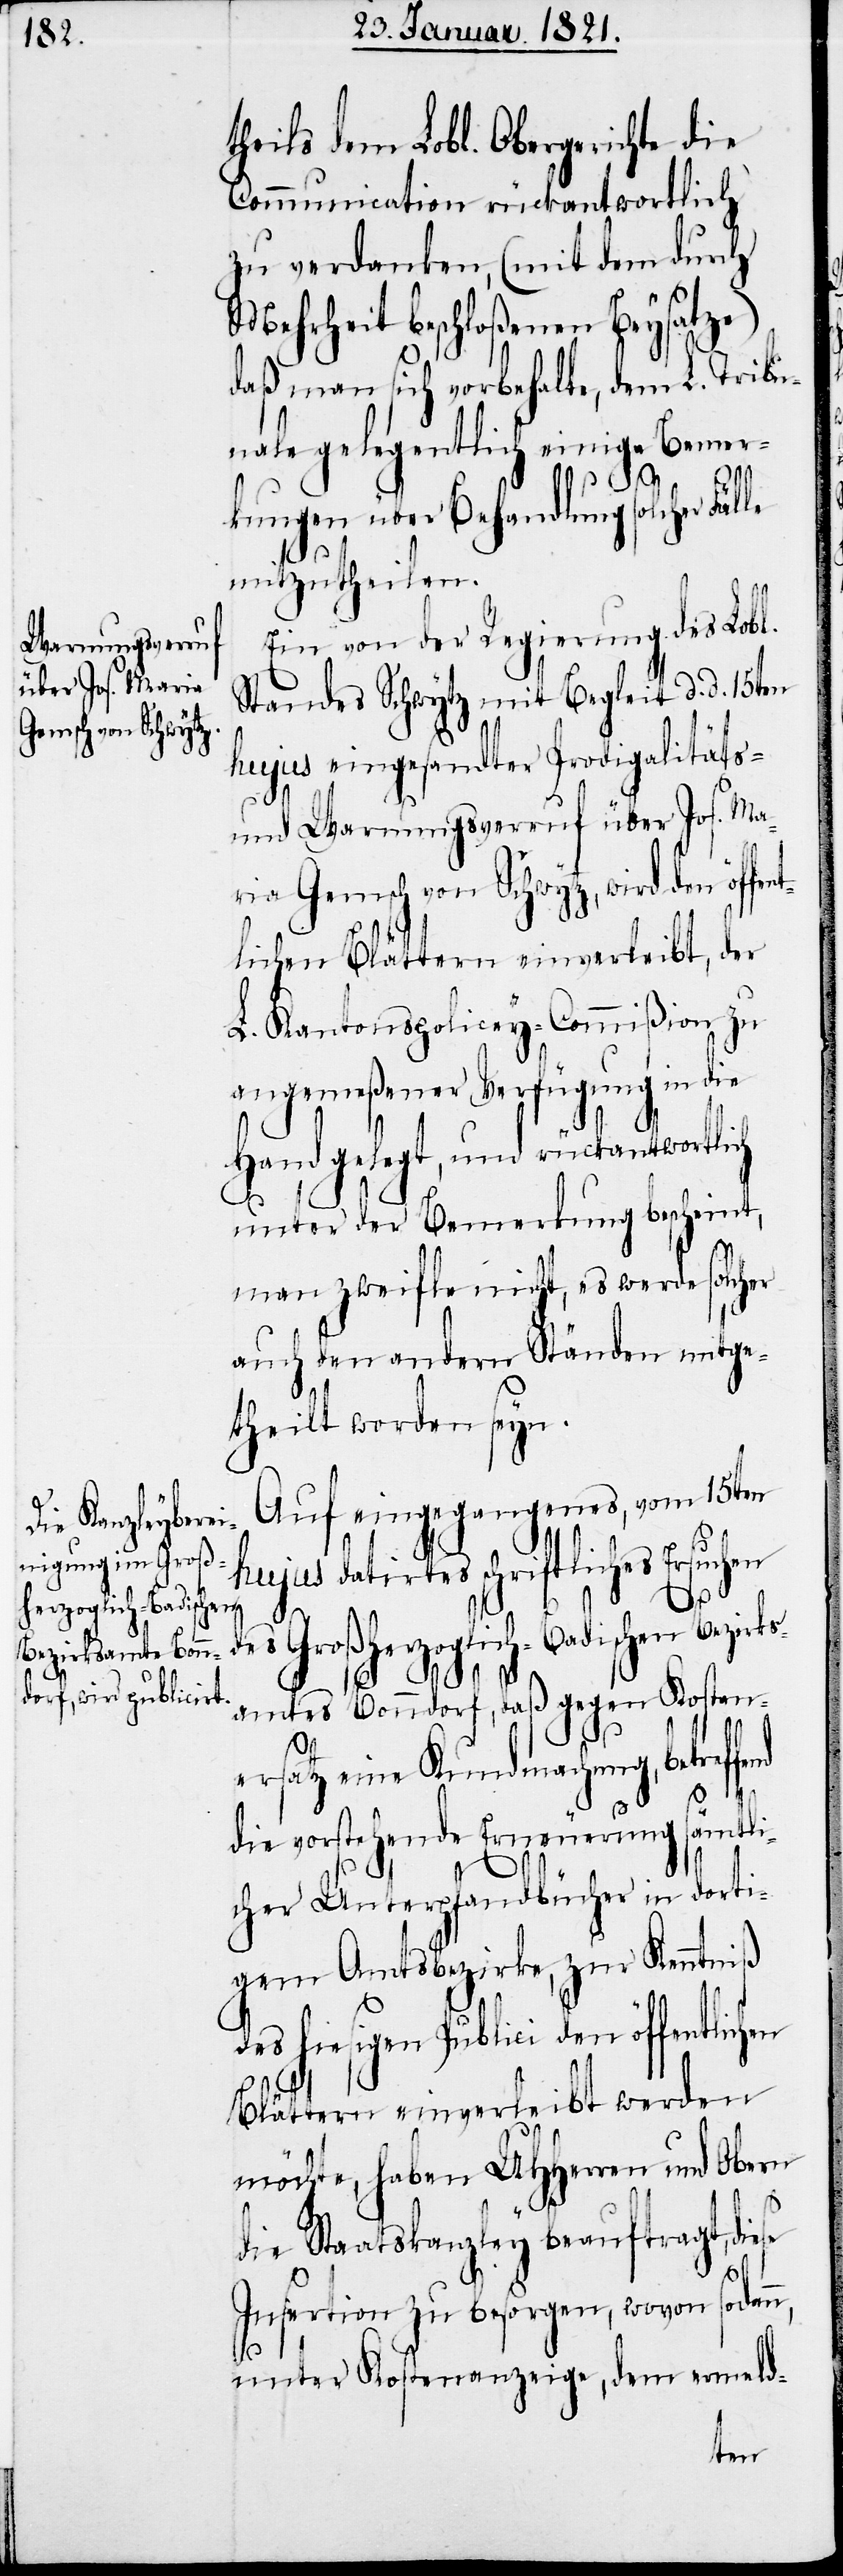
se
herzoglich-Badischen

theils dem Lobl. Obergerichte die
Communication rückantwortlich
zu verdanken, (mit dem durch
Mehrheit beschloßenen Beysatze)
daß man sich vorbehalte, dem L. Tribu¬
nale gelegentlich einige Bemer¬
kungen über Behandlung solcher Fäl¬
mitzutheilen.
Ein von der Regierung des Lobl.
Standes Schwytz mit Begleit d. d. 15ten
hujus eingesandter Prodigalitäts-
und Warnungsverruf über Jos. Ma¬
ria Gemsch von Schwytz, wird den öffen¬
tlichen Blättern einverleibt, der
L. Kantonspolicey-Commißion zu
angemeßener Verfügung in die
Hand gelegt, und rückantwortlich
unter der Bemerkung bescheint,
man zweifle nicht, es werde solcher
auch den andern Ständen mitge¬
theilt worden seyn.
Auf eingegangenes, vom 15ten
hujus datirtes schriftliches Ersuchen
Bezirk¬
amtes Bonndorf, daß gegen Kosten¬
ersatz eine Kundmachung, betref¬
die vorstehende Erneuerung sämmtli¬
cher Unterpfandbücher in dorti¬
gem Amtsbezirke, zur Kenntniß
des hiesigen Publici den öffentlichen
Blättern einverleibt werden
möchte, haben UHHerren und Obern
die Staatskanzley beauftragt, die¬
Insertion zu besorgen, wovon sodann,
unter Kostenanzeige, dem ermeld-
fend